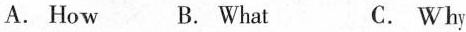
A. How B. What C. Why